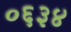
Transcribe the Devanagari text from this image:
०६३४